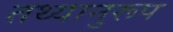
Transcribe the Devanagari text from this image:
तथ्यानुरूप